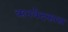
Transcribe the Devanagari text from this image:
ऋगवेदकाल